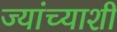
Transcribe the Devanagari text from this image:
ज्यांच्याशी